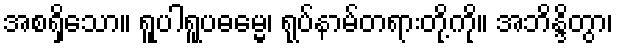
အစရှိသော။ ရူပါရူပဓမ္မေ၊ ရုပ်နာမ်တရားတို့ကို။ အဘိန္ဒိတွာ၊